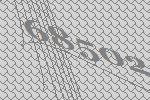
68502